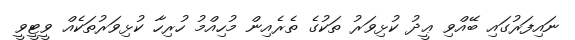
ނައިފަރުގައި ބޭއްވި ޢީދު ކުޅިވަރު ތަކުގެ ތެރެއިން މުހިއްމު ހުރިހާ ކުޅިވަރުތަކެއް ވީޓީވީ